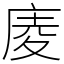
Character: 庱